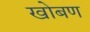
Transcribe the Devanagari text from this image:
खोबण